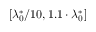
[ \lambda _ { 0 } ^ { \ast } / 1 0 , 1 . 1 \cdot \lambda _ { 0 } ^ { \ast } ]